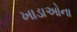
ખાડાઓના